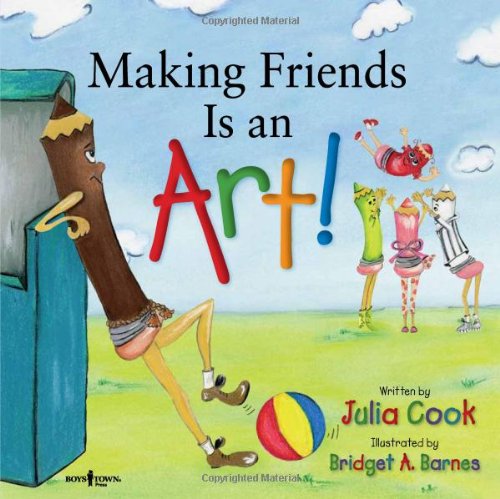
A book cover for Making Friends Is an Art!; Julia Cook; Business & Money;